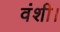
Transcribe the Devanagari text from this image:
वंशी।